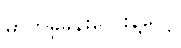
ဓာတ်ခွဲခန်းလေးနဲ့ပေါ့။